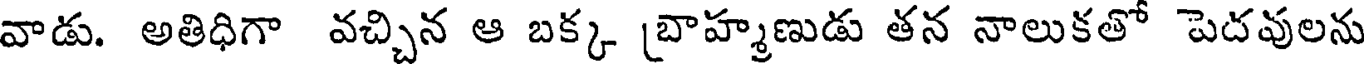
వాడు. అతిధిగా వచ్చిన ఆ బక్క [బాహ్మణుడు తన నాలుకతో పెదవులను